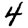
Digit: 4